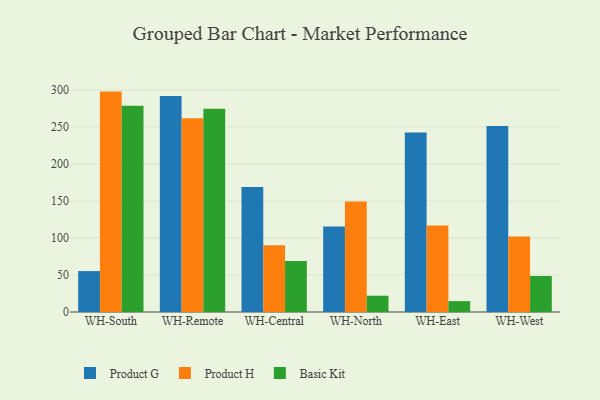
{"axis": {"x": "Warehouse", "y": "Temperature (°C)"}, "legend": ["Basic Kit", "Product G", "Product H"], "data": [{"x": "WH-South", "y": 55.3, "type": "Product G"}, {"x": "WH-South", "y": 297.9, "type": "Product H"}, {"x": "WH-South", "y": 278.8, "type": "Basic Kit"}, {"x": "WH-Remote", "y": 291.9, "type": "Product G"}, {"x": "WH-Remote", "y": 261.8, "type": "Product H"}, {"x": "WH-Remote", "y": 274.8, "type": "Basic Kit"}, {"x": "WH-Central", "y": 169.0, "type": "Product G"}, {"x": "WH-Central", "y": 90.1, "type": "Product H"}, {"x": "WH-Central", "y": 68.9, "type": "Basic Kit"}, {"x": "WH-North", "y": 115.7, "type": "Product G"}, {"x": "WH-North", "y": 149.3, "type": "Product H"}, {"x": "WH-North", "y": 22.0, "type": "Basic Kit"}, {"x": "WH-East", "y": 242.5, "type": "Product G"}, {"x": "WH-East", "y": 117.0, "type": "Product H"}, {"x": "WH-East", "y": 14.7, "type": "Basic Kit"}, {"x": "WH-West", "y": 251.5, "type": "Product G"}, {"x": "WH-West", "y": 101.9, "type": "Product H"}, {"x": "WH-West", "y": 48.7, "type": "Basic Kit"}]}